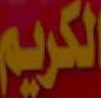
الكريم